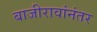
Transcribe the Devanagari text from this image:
बाजीरावांनंतर